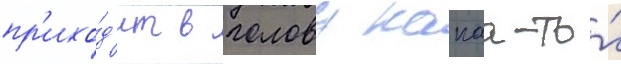
пр'ихо́д'ит в голову какаа-то́